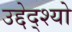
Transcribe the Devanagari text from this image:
उद्देद्श्यो